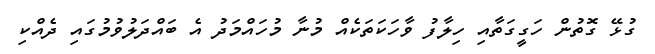
ގުޅޭ ގޮތުން ހަގީގަތާއި ހިލާފު ވާހަކަތަކެއް މުނާ މުހައްމަދު އެ ބައްދަލުވުމުގައި ދެއްކި